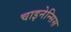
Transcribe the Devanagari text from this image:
चाइनेन्सिस